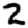
Digit: 2